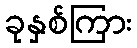
ခုနှစ်ကြား